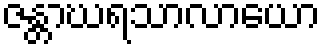
ဇန္တာဃရသာလာယော